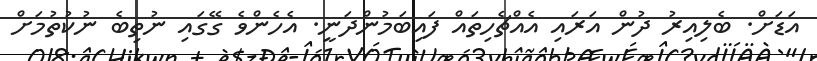
އަޑަށް. ބެލިއިރު ދުން އަރައި އެއްޗެހިތައް ފައިބަމުންދަނީ. އެހެންވެ ގޭގައި ނުތިބެ ނުކުތުމަށް